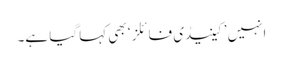
انہیں ’کینیڈی فائلز‘ بھی کہا گیا ہے۔